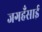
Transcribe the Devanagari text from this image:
जगहँसाई